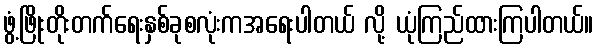
ဖွံ့ဖြိုးတိုးတက်ရေးနှစ်ခုစလုံးကအရေးပါတယ် လို့ ယုံကြည်ထားကြပါတယ်။